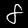
Digit: 8